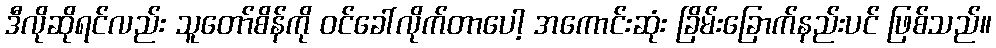
ဒီလိုဆိုရင်လည်း သူတော်စိန်ကို ဝင်ခေါ်လိုက်တာပေါ့ အကောင်းဆုံး ခြိမ်းခြောက်နည်းပင် ဖြစ်သည်။